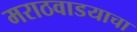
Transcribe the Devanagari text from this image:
मराठवाडयाचा